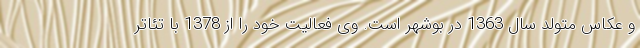
و عکاس متولد سال 1363 در بوشهر است. وی فعالیت خود را از 1378 با تئاتر